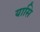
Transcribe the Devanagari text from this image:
यासि